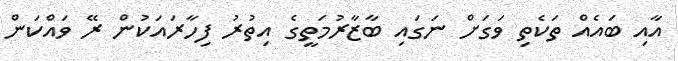
އާއި ބައެއް ތަކެތި ވަގަށް ނަގައި ބާޒާރުމަތީގެ އިތުރު ފިހާރައަކުން ރޭ ވައްކަން